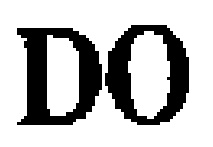
DO